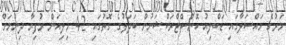
މަރުގެ މައްސަލާގައި ޑަބްލިއު ކޮންސްޓްރަކްޝަނުން ބަދަލުގެ ގޮތުގައި 4.2 މިލިއަން ރުފިޔާ ދިނުމަށް